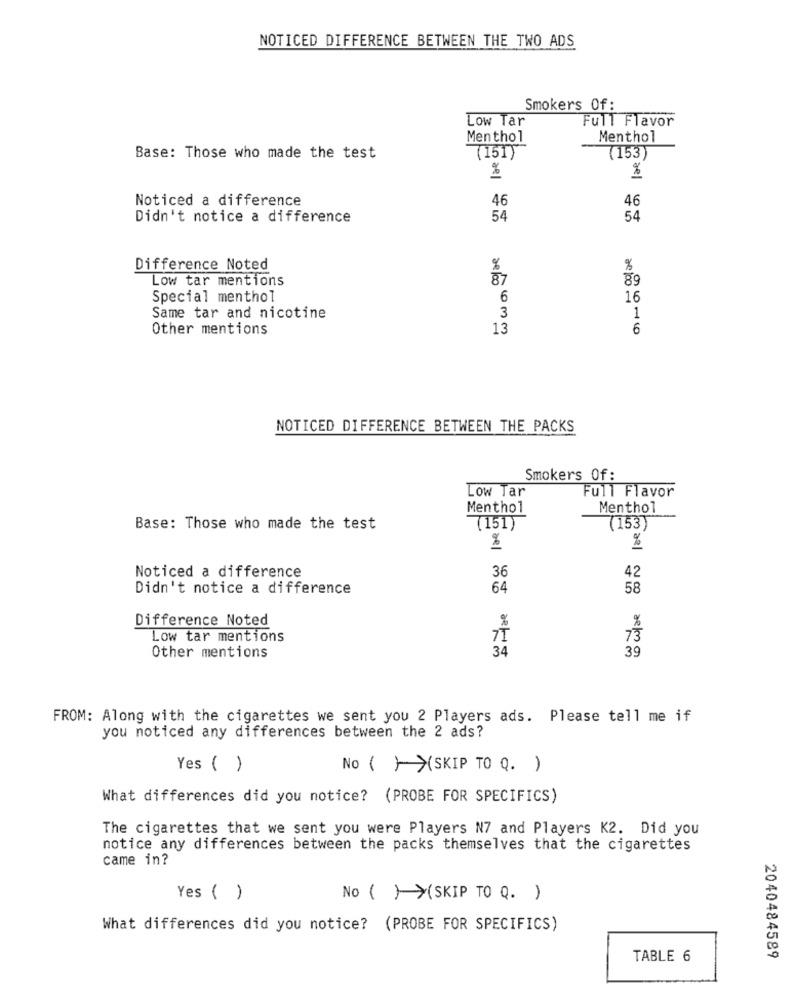
NOTICED DIFFERENCE BETWEEN THE TWO ADS
Smokers Of:
Low Tar
Full Flavor
Menthol
Menthol
Base: Those who made the test
(151)
(153)
%
%
Noticed a difference
46
46
Didn't notice a difference
54
54
Difference Noted
%
%
Low tar mentions
87
89
Special menthol
6
16
Same tar and nicotine
3
1
Other mentions
13
6
NOTICED DIFFERENCE BETWEEN THE PACKS
Smokers Of:
Full Flavor
Low Tar
Menthol
Menthol
Base: Those who made the test
(151)
(153)
%
%
36
Noticed a difference
42
Didn't notice a difference
64
58
Difference Noted
%
%
Low tar mentions
7T
73
34
39
Other mentions
FROM: Along with the cigarettes we sent you 2 Players ads. Please tell me if
you noticed any differences between the 2 ads?
Yes ( )
No ()(SKIP TO Q. )
What differences did you notice? (PROBE FOR SPECIFICS)
The cigarettes that we sent you were Players N7 and Players K2. Did you
notice any differences between the packs themselves that the cigarettes
came in?
Yes ( )
No () (SKIP TO Q. )
What differences did you notice? (PROBE FOR SPECIFICS)
TABLE 6
2040484589